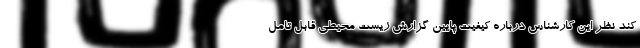
کند نظر این کارشناس درباره کیفیت پایین گزارش زیست محیطی قابل تامل